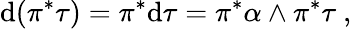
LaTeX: \mathrm{d}(\pi^{*}\tau)=\pi^{*}\mathrm{d}\tau=\pi^{*}\alpha\wedge\pi^{*}\tau\ ,